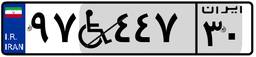
۹۷W۴۴۷۳۰